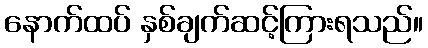
နောက်ထပ် နှစ်ချက်ဆင့်ကြားရသည်။